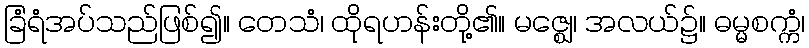
ခြံရံအပ်သည်ဖြစ်၍။ တေသံ၊ ထိုရဟန်းတို့၏။ မဇ္ဈေ၊ အလယ်၌။ ဓမ္မစက္ကံ၊